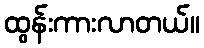
ထွန်းကားလာတယ်။